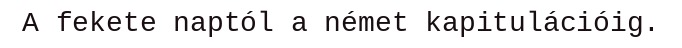
A fekete naptól a német kapitulációig.